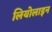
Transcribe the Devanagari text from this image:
लियोलाइन